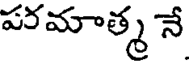
పరమాత్మ నే